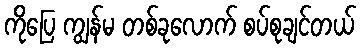
ကိုပြေ ကျွန်မ တစ်ခုလောက် စပ်စုချင်တယ်